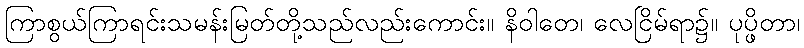
ကြာစွယ်ကြာရင်းသမန်းမြတ်တို့သည်လည်းကောင်း။ နိဝါတေ၊ လေငြိမ်ရာ၌။ ပုပ္ဖိတာ၊